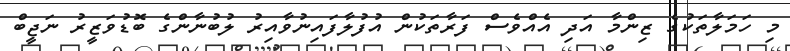
މި ހަމަލާތަކުގެ ޒިންމާ އަދި އެއްވެސް ފަރާތަކުން އުފުލާފައިނުވާއިރު ލުބުނާންގެ ބޮޑުވަޒީރު ނަޖީބް